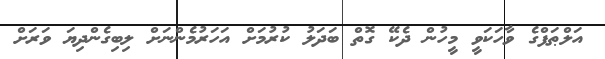
އަލްޠަފްގެ ވާހަކަވީ މީހުން ދެކޭ ގޮތް ބަދަލު ކުރުމަށް އަހަރުމެންނަށް ލިބިގެންދިޔަ ވަރަށް